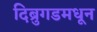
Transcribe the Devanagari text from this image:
दिब्रुगडमधून